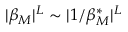
\begin{array} { r } { | \beta _ { M } | ^ { L } \sim | 1 / \beta _ { M } ^ { \ast } | ^ { L } } \end{array}